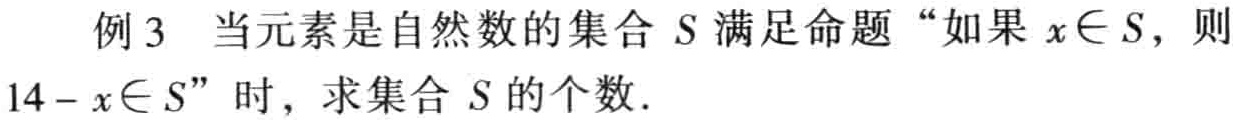
例3 当元素是自然数的集合\(S\)满足命题“如果\(x\in S\)，则\(14 - x\in S\)”时，求集合\(S\)的个数.